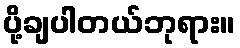
ပို့ချပါတယ်ဘုရား။